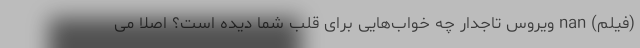
(فیلم) nan ویروس تاجدار چه خواب‌هایی برای قلب شما دیده است؟ اصلا می